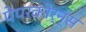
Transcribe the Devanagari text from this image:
पेपरकोर्न्स